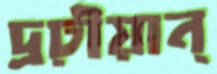
দ্রঢ়ীয়ান্‌